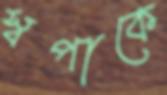
স্বপাকে